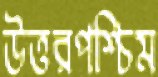
উত্তরপশ্চিম